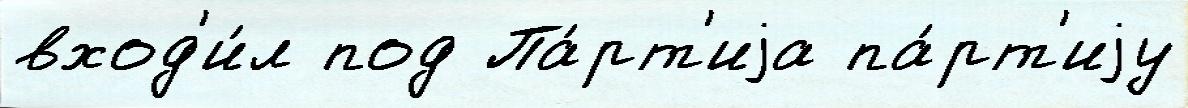
вход'и́л под Па́рт'иjа па́рт'иjу